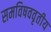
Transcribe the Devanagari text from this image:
समविषववृतीय